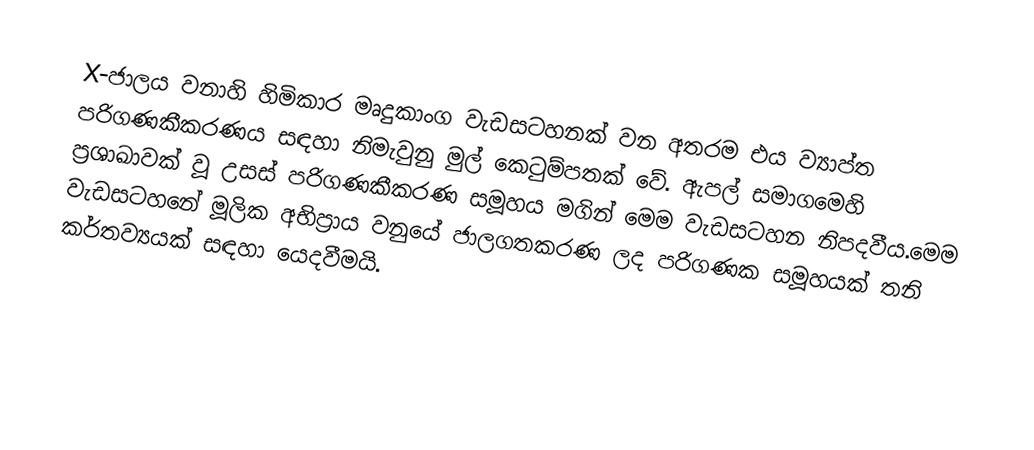
X-ජාලය වනාහි හිමිකාර මෘදුකාංග වැඩසටහනක් වන අතරම එය ව්‍යාප්ත පරිගණකීකරණය සඳහා නිමැවුනු මුල් කෙටුම්පතක් වේ. ඇපල් සමාගමෙහි ප්‍රශාඛාවක් වූ උසස් පරිගණකීකරණ සමූහය මගින් මෙම වැඩසටහන නිපදවීය.මෙම වැඩසටහනේ මූලික අභිප්‍රාය වනුයේ ජාලගතකරණ ලද පරිගණක සමූහයක් තනි කර්තව්‍යයක් සඳහා යෙදවීමයි.